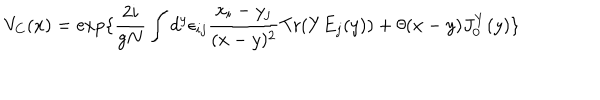
V _ { C } ( x ) = \exp \{ { \frac { 2 i } { g N } } \int d ^ { y } \epsilon _ { i j } { \frac { x _ { i } - y _ { j } } { ( x - y ) ^ { 2 } } } \mathrm { T r } ( Y E _ { j } ( y ) ) + \theta ( x - y ) J _ { 0 } ^ { Y } ( y ) \}